Leaving Certificate Examination, 1914
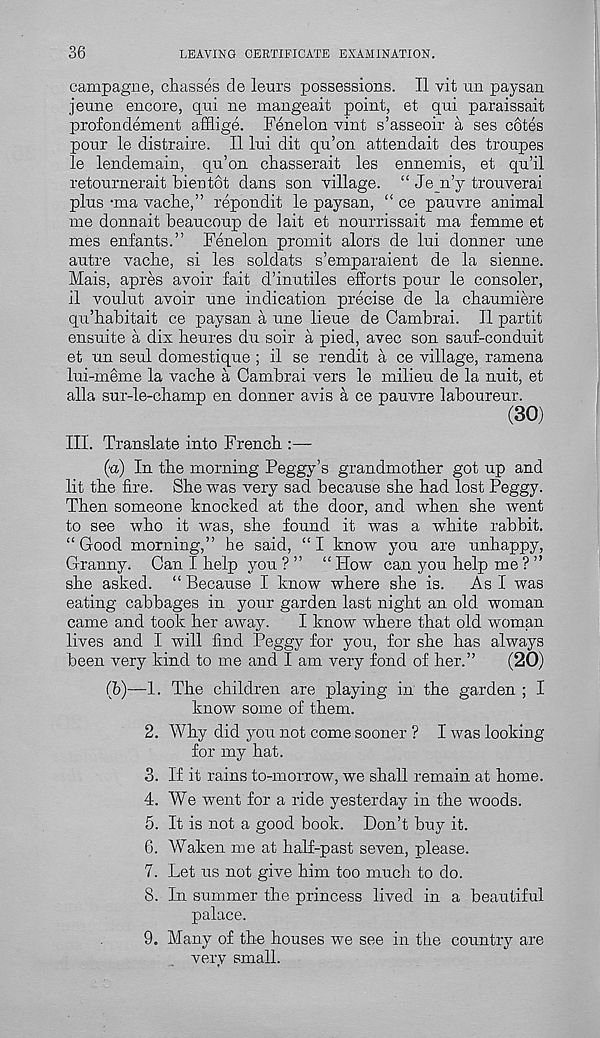
36
LEAVING CERTIFICATE EXAMINATION.
campagne, chasses de leurs possessions. II vit un paysan
jeune encore, qni ne mangeait point, et qui paraissait
profondement afflige. Fenelon vint s’asseoir a ses cotes
ponr le distraire. II lui dit qu’on attendait des troupes
le lendemain, qu’on chasserait les ennemis, et qu’il
retournerait bientot dans son village. “ Je n’y trouverai
plus -ma vacbe,” repondit le paysan, “ ce pauvre animal
me donnait beaucoup de lait et nourrissait ma femme et
mes enfants.” Fenelon promit alors de lui donner une
autre vacbe, si les soldats s’emparaient de la sienne.
Mais, apres avoir fait d’inutiles efforts pour le consoler,
il voulut avoir une indication precise de la cbaumiere
qu’habitait ce paysan a une lieue de Cambrai. II partit
ensuite a dix heures du soir a pied, avec son sauf-conduit
et un seul domestique; il se rendit a ce village, ramena
lui-meme la vacbe a Cambrai vers le milieu de la unit, et
alia sur-le-champ en donner avis a ce pauvre laboureur.
(30)
III. Translate into French
(a) In the morning Peggy’s grandmother got up and
lit the fire. She was very sad because she had lost Peggy.
Then someone knocked at the door, and when she went
to see who it was, she found it was a white rabbit.
“Good morning,” he said, “I know you are unhappy,
Granny. Can I help you?” “How can you help me ? ”
she asked. “ Because I know where she is.
As I was
eating cabbages in your garden last night an old woman
came and took her away.
I know where that old woman
lives and I will find Peggy for you, for she has always
been very kind to me and I am very fond of her.”
(20)
(b)
—1. The children are pla
know some of them.
2. Why did you not come sooner ? I was looking
for my hat.
3. If it rains to-morrow, we shall remain at home.
4. We went for a ride yesterday in the woods.
5. It is not a good book. Don’t buy it.
6. Waken me at half-past seven, please.
7. Let us not give him too much to do.
8. In summer the princess lived in a beautiful
palace.
9. Many of the houses we see in the country are
very small.